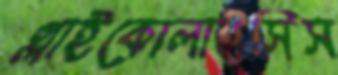
গ্লাইকোলাইসিস